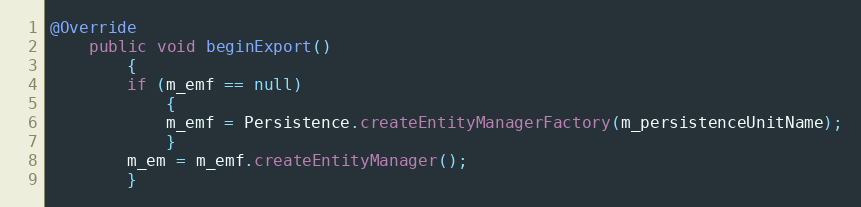
Language: Java
@Override
    public void beginExport()
        {
        if (m_emf == null)
            {
            m_emf = Persistence.createEntityManagerFactory(m_persistenceUnitName);
            }
        m_em = m_emf.createEntityManager();
        }